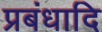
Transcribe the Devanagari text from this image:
प्रबंधादि